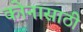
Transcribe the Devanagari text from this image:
कोनासाठी